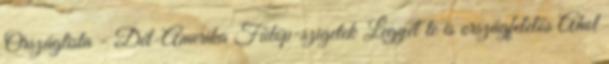
Országlista - Dél-Amerika Fülöp-szigetek Legyél te is országfelelős Ahol